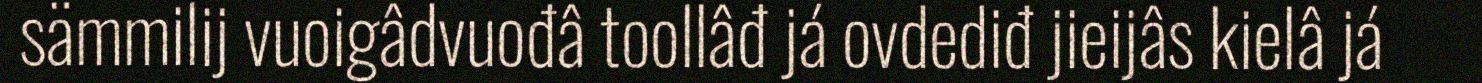
sämmilij vuoigâdvuođâ toollâđ já ovdediđ jieijâs kielâ já